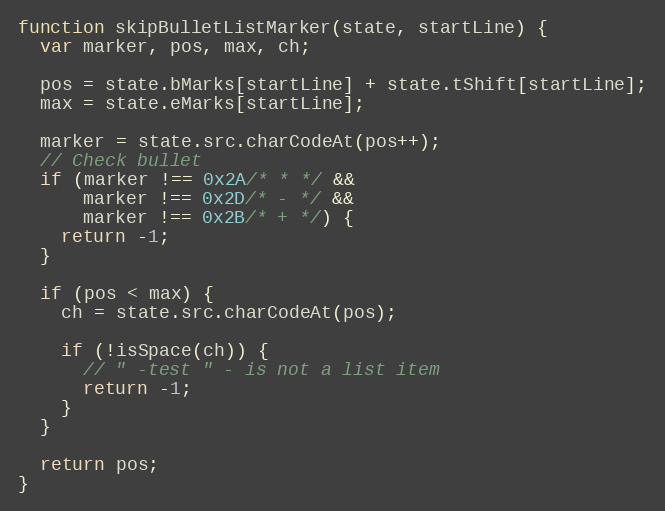
Language: JavaScript
function skipBulletListMarker(state, startLine) {
  var marker, pos, max, ch;

  pos = state.bMarks[startLine] + state.tShift[startLine];
  max = state.eMarks[startLine];

  marker = state.src.charCodeAt(pos++);
  // Check bullet
  if (marker !== 0x2A/* * */ &&
      marker !== 0x2D/* - */ &&
      marker !== 0x2B/* + */) {
    return -1;
  }

  if (pos < max) {
    ch = state.src.charCodeAt(pos);

    if (!isSpace(ch)) {
      // " -test " - is not a list item
      return -1;
    }
  }

  return pos;
}